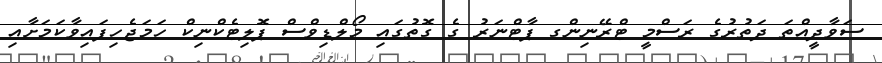
ސަވާދީއްތަ ދަތުރުގެ ރަސްމީ ޓްރޭނިންގ ޕާޓްނަރު ގެ ގޮތުގައި މޯލްޑިވްސް ޕޮލިޓެކްނިކް ހަމަޖެހިފައިވާކަމަށާއި